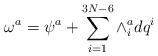
LaTeX: \begin{align*}\omega^{a}=\psi^{a}+\sum_{i=1}^{3N-6}\wedge^{a}_{i}dq^{i}\end{align*}